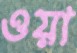
ওয়া